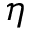
\eta